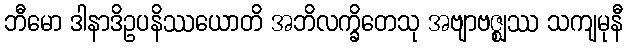
ဘီမော ဒါနာဒိဥပနိဿယောတိ အဘိလက္ခိတေသု အဗျာဗဇ္ဈဿ သကျမုနီ